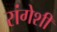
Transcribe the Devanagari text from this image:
रांगेशी